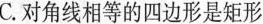
C.对角线相等的四边形是矩形